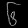
Digit: ၆